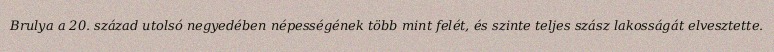
Brulya a 20. század utolsó negyedében népességének több mint felét, és szinte teljes szász lakosságát elvesztette.